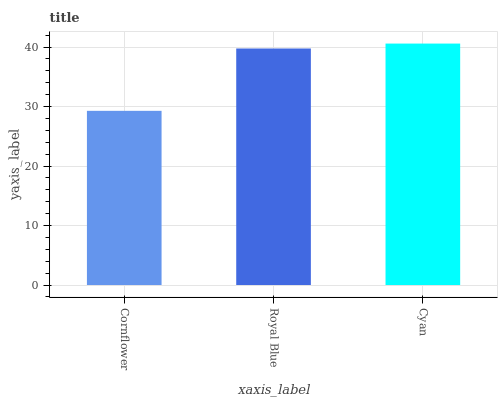
| xaxis_label | bars |
 | --- | --- |
 | Cornflower | 29.3 |
 | Royal Blue | 39.8 |
 | Cyan | 40.6 |